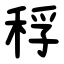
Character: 稃